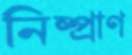
নিষ্প্রাণ